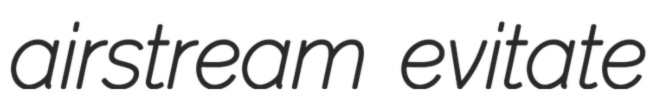
airstream evitate